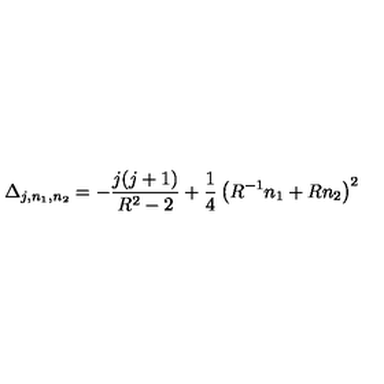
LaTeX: \Delta _ { j , n _ { 1 } , n _ { 2 } } = - { \frac { j ( j + 1 ) } { R ^ { 2 } - 2 } } + { \frac { 1 } { 4 } } \left( R ^ { - 1 } n _ { 1 } + R n _ { 2 } \right) ^ { 2 }